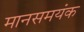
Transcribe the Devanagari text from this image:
मानसमयंक